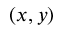
( x , y )